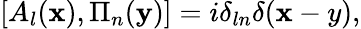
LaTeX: [A_{l}({\mathbf x}),\Pi_{n}({\mathbf y})]=i\delta_{ln}\delta({\mathbf x-y}),